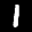
Label: 1